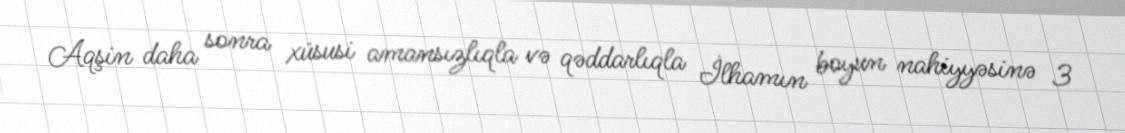
Aqşin daha sonra xüsusi amansızlıqla və qəddarlıqla İlhamın boyun nahiyyəsinə 3